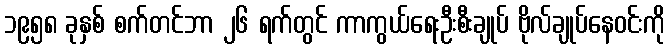
၁၉၅၈ ခုနှစ် စက်တင်ဘာ ၂၆ ရက်တွင် ကာကွယ်ရေးဦးစီးချုပ် ဗိုလ်ချုပ်နေဝင်းကို